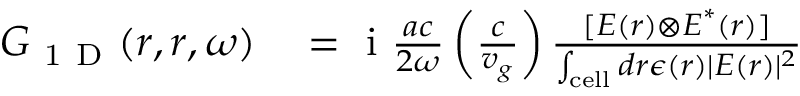
\begin{array} { r l } { \boldsymbol { G } _ { \mathrm { ~ 1 ~ D ~ } } ( \boldsymbol { r } , \boldsymbol { r } , \omega ) } & { { } = \mathrm { ~ i ~ } \frac { a c } { 2 \omega } \left( \frac { c } { v _ { g } } \right) \frac { [ \boldsymbol { E } ( \boldsymbol { r } ) \otimes \boldsymbol { E } ^ { * } ( \boldsymbol { r } ) ] } { \int _ { \mathrm { c e l l } } d \boldsymbol { r } \epsilon ( \boldsymbol { r } ) \lvert \boldsymbol { E } ( \boldsymbol { r } ) \rvert ^ { 2 } } } \end{array}